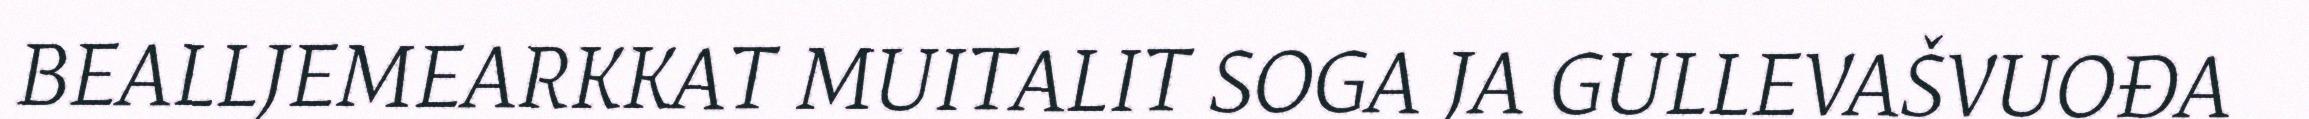
BEALLJEMEARKKAT MUITALIT SOGA JA GULLEVAŠVUOĐA